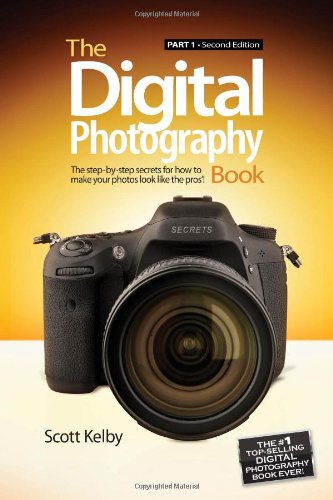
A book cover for The Digital Photography Book: Part 1 (2nd Edition); Scott Kelby; Arts & Photography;